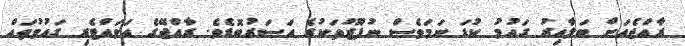
ރާއްޖެއަށް ބަލާއިރު ގައުމު ކުޑަ ނަމަވެސް ނުފޫޒުތަކުގެ އަސަރުބޮޑެވެ. ރާއްޖޭގެ އަވައްޓެރި ގައުމުތައް